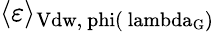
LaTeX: \langle\varepsilon\rangle_{\mathrm{{Vdw},\ phi(\ lambda_{G})}}